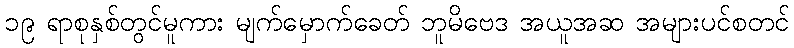
၁၉ ရာစုနှစ်တွင်မူကား မျက်မှောက်ခေတ် ဘူမိဗေဒ အယူအဆ အများပင်စတင်